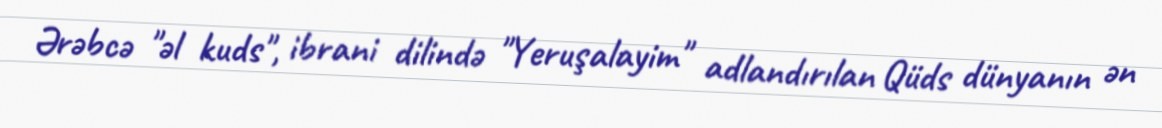
Ərəbcə "əl kuds", ibrani dilində "Yeruşalayim" adlandırılan Qüds dünyanın ən